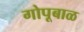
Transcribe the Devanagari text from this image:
गोपूबाळ